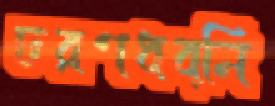
চরণধব্নি